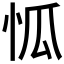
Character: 𱞌